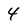
Character: 4